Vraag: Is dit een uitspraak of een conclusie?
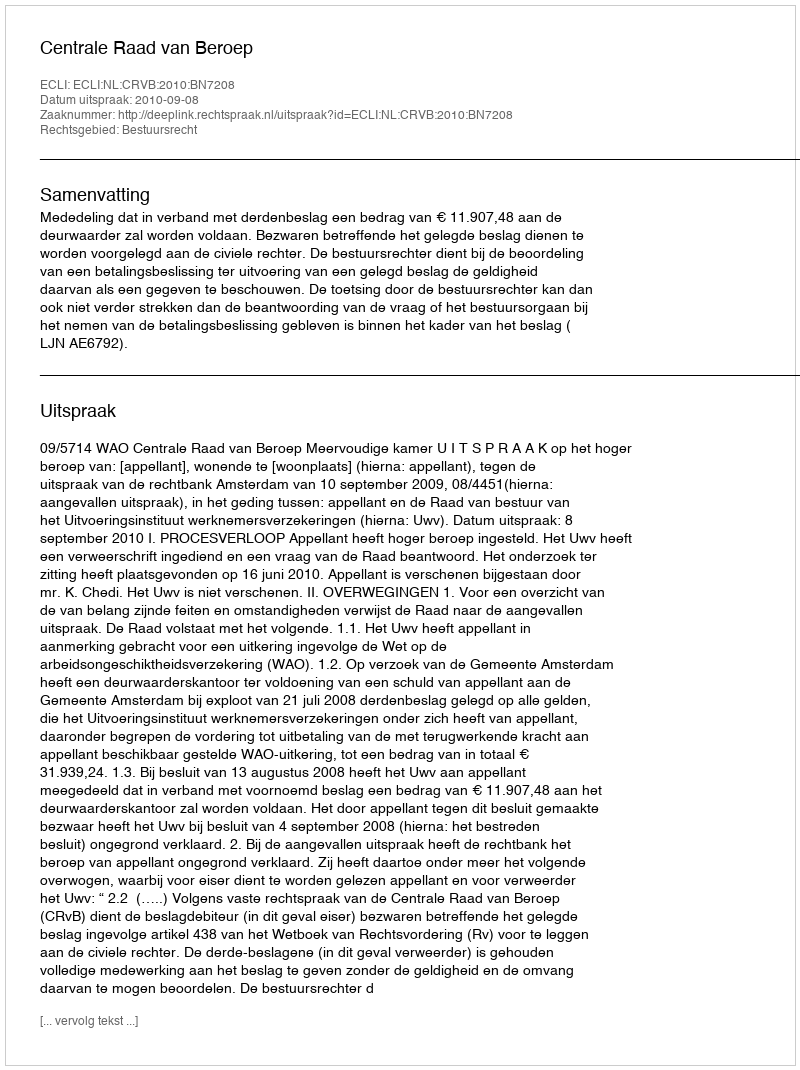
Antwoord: Uitspraak